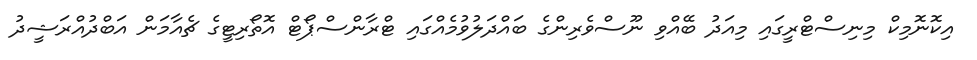
އިކޮނޮމިކް މިނިސްޓްރީގައި މިއަދު ބޭއްވި ނޫސްވެރިންގެ ބައްްދަލުވުމެއްގައި ޓްރާންސްޕޯޓް އޮތޯރިޓީގެ ޗެއާމަން އަބްދުއްރަަޝީދު